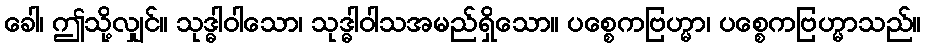
ခေါ၊ ဤသို့လျှင်။ သုဒ္ဓါဝါသော၊ သုဒ္ဓါဝါသအမည်ရှိသော။ ပစ္စေကဗြဟ္မာ၊ ပစ္စေကဗြဟ္မာသည်။